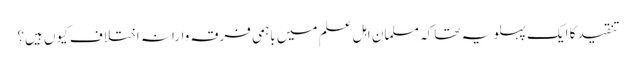
تنقید کا ایک پہلو یہ تھا کہ مسلمان اہل علم میں باہمی فرقہ وارانہ اختلاف کیوں ہیں؟